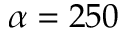
\alpha = 2 5 0